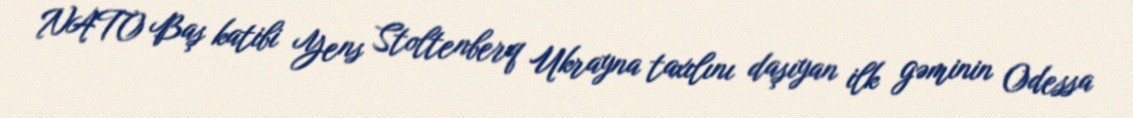
NATO Baş katibi Yens Stoltenberq Ukrayna taxılını daşıyan ilk gəminin Odessa